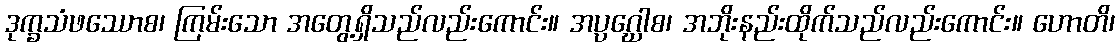
ဒုက္ခသံဖဿောစ၊ ကြမ်းသော အတွေ့ရှိသည်လည်းကောင်း။ အပ္ပဂ္ဃေါစ၊ အဘိုးနည်းထိုက်သည်လည်းကောင်း။ ဟောတိ၊